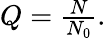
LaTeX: \begin{array}{r}{Q=\frac{N}{N_{0}}.}\end{array}